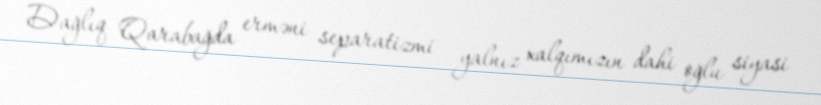
Dağlıq Qarabağda erməni separatizmi yalnız xalqımızın dahi oğlu siyasi